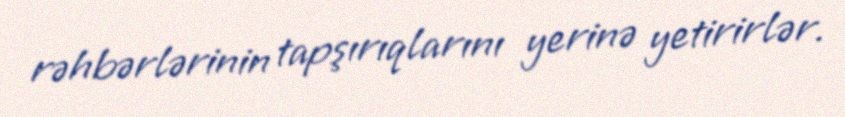
rəhbərlərinin tapşırıqlarını yerinə yetirirlər.